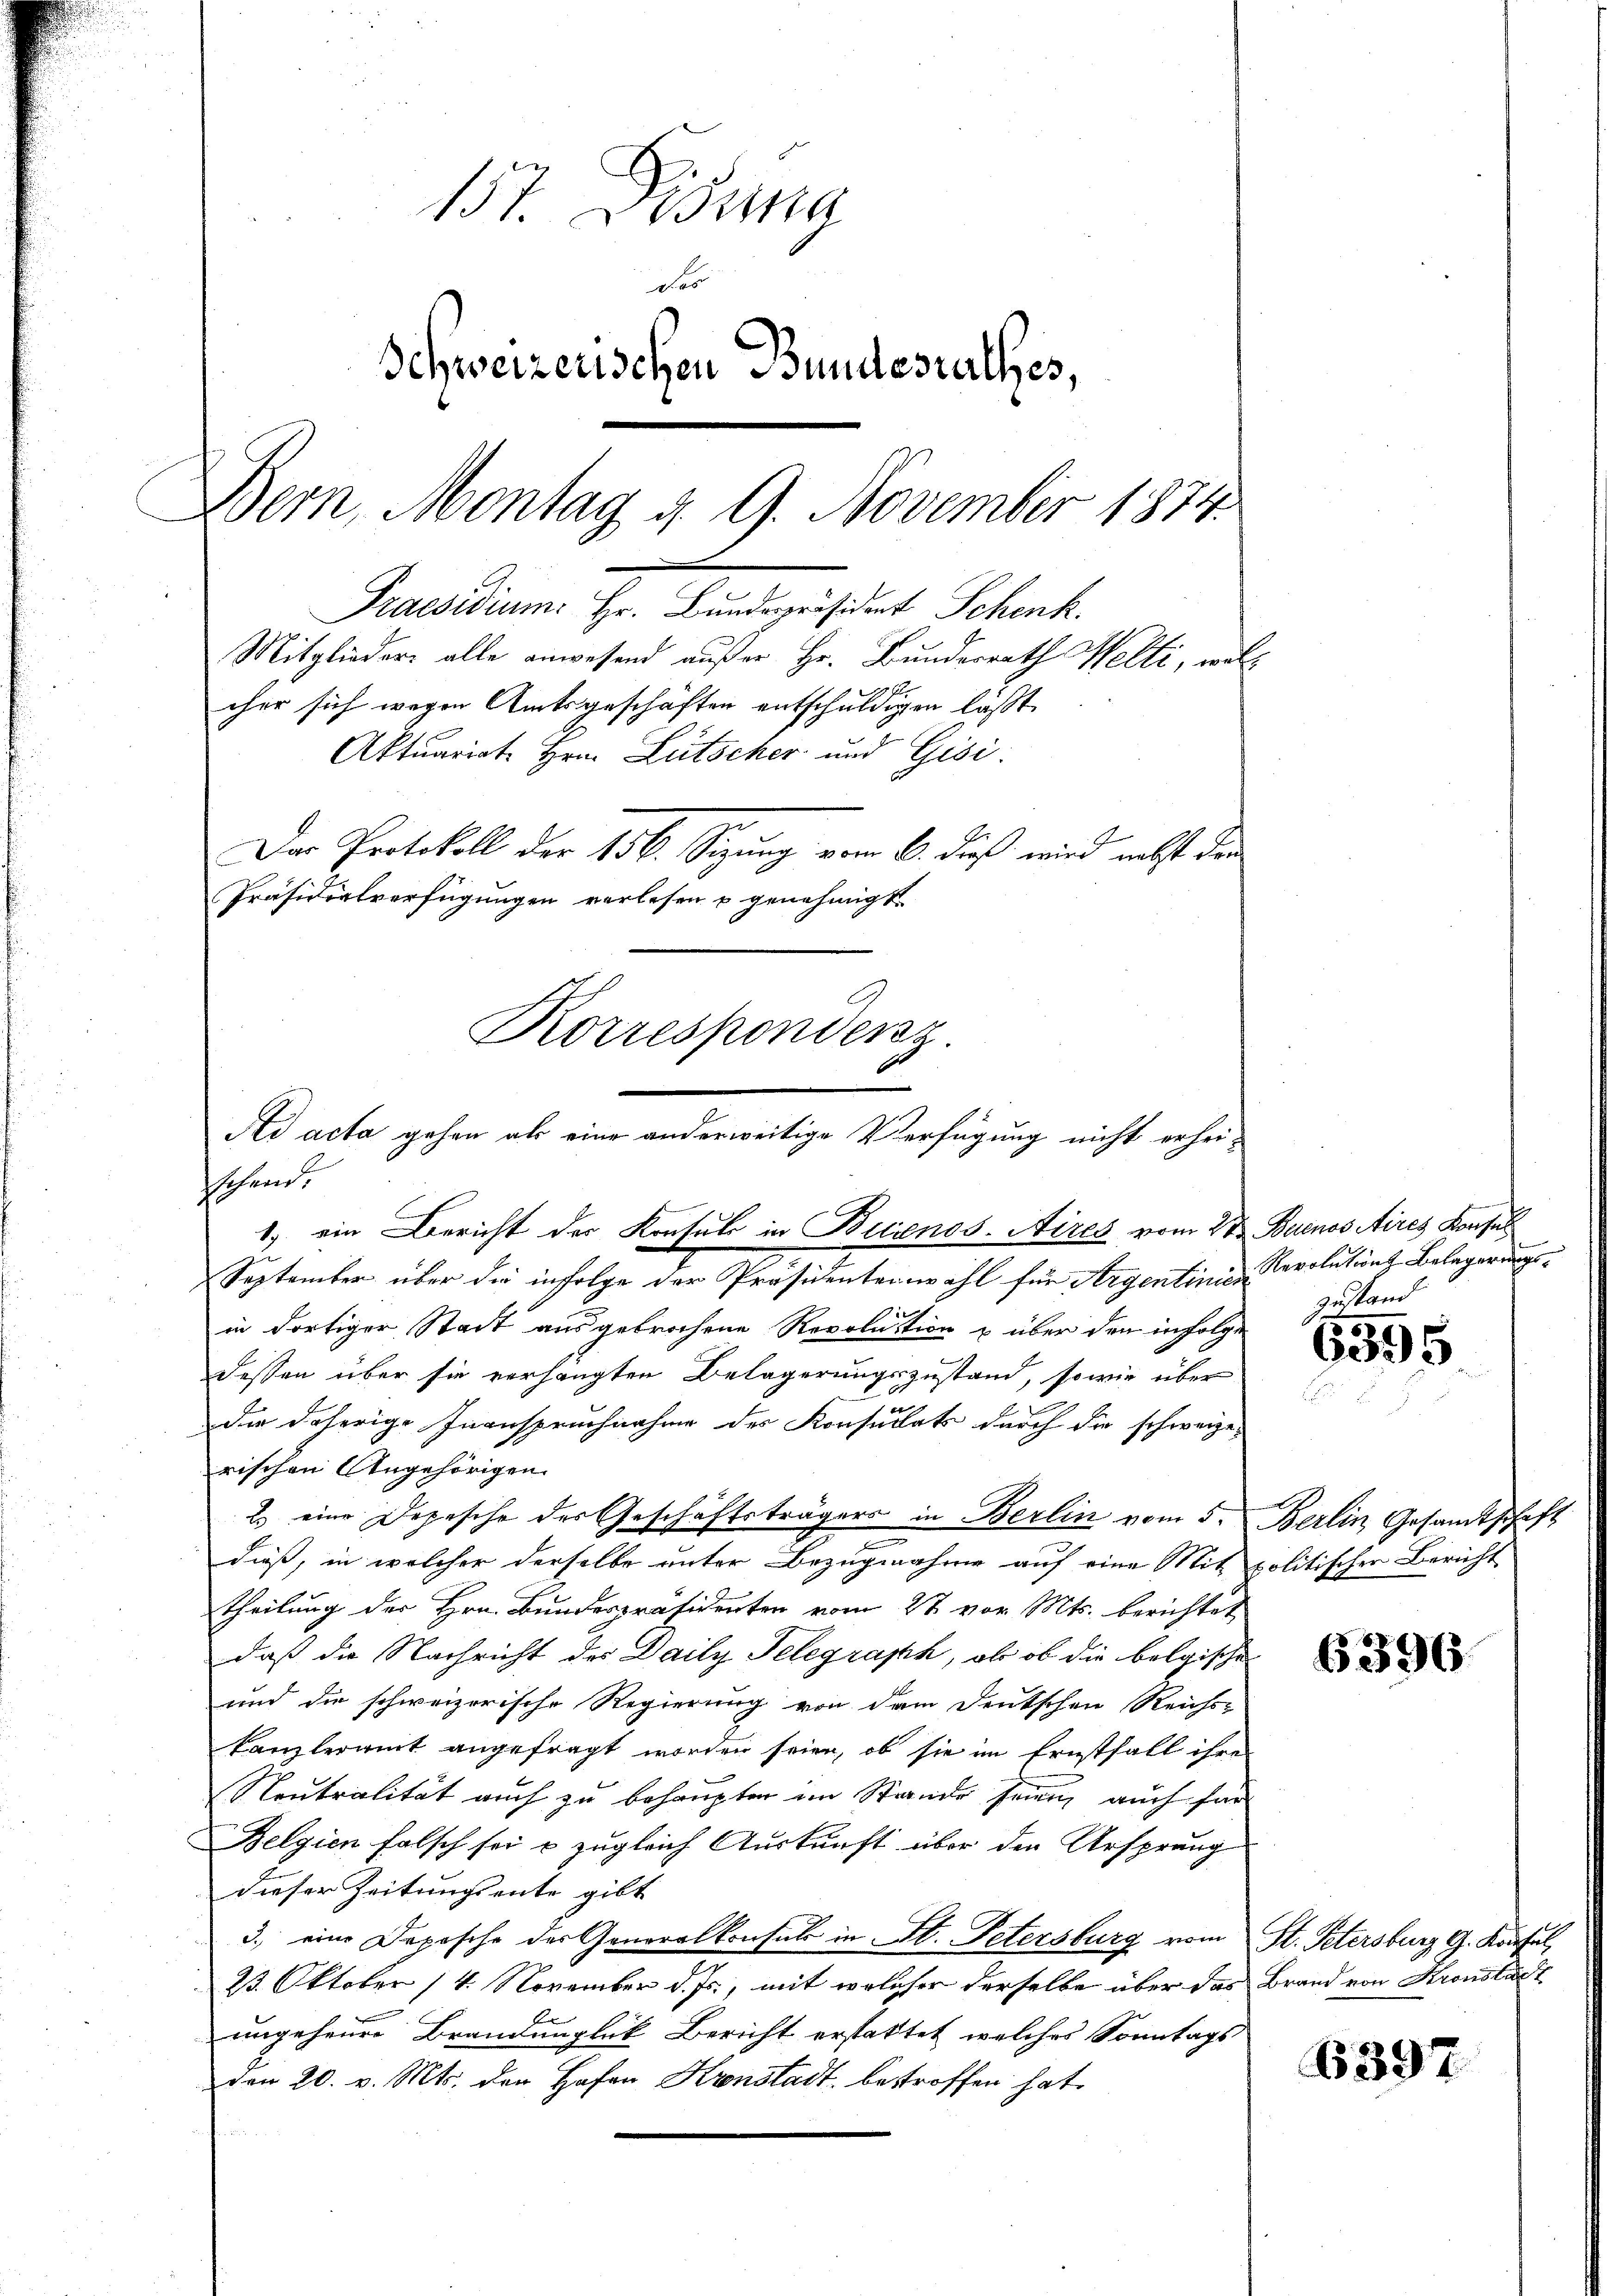
157. Dissna
d.
Schweizerischen Bundestalles,
Bern, Montag d. 9. November 1874.
Praesidium. Hr. Bundespräsident Schenk.
Mitglieder alle anwesend außer Hr. Bundesrath Welti, woll
cher sich wegen Amtsgeschäften entschuldigen läßt,
Aktuariat Hrn. Lütscher und Gesi
Der Protokoll der 156. Sizung vom 2. dieß wird nicht den
Präsidialverfügungen verlesen u genehmigt.
Korrespondenz.
Ad acta gehen als eine anderweitige Verfügung nicht erhei-

schend.

1) ein Bericht der Konsul in Betrenos-Aires vom 2ten Buenos Aires Konfes
September über die infolge der Präsidenten wohl für Argentinien Bevolutung Belegerungsin dortiger Stadt ausgebrochene Revolution u über den infolge
dessen über sie verhängten Belagerungszustand, sowie über
die daherige Inanspruchnahme des Konsulats durch die schweize-
rischen Angehörigen.
2 eine Depesche des Geschäftsträgers in Berlin vom 5. Berlin Gesandtschaft
dieß, in welcher derselbe unter Bezugnahme auf eine Mit politischer Bericht
theilung der Hrn. Bunderpräsidenten vom 27 vor. Mts. berichtet
daß die Nachricht des Daily Telegraph, ob ob die belgische
und die schweizerische Regierung von dem Deutschen Reichs-
kanzleramt angefragt worden seien, ob sie im Ernstfall ihre
Neutralität auch zu behaupten im Stande seinen auch für
Belgien falsch sei u zugleich Auskunft über den Ursprung
dieser Zeitungsente gibt
3.) eine Depesche der Generalkonsul in St. Petersburg vom St. Petersburg G. Konsul
23. Oktober 14. November d. Js., mit welcher derselbe über das Brand von Kronstadt
ungeheure Brandunglück Bericht erstattet, welches Sonntags
Den 20. v. Mts. den Hafen Kronstadt bestroffen hat.

Zustand

6555

6396

6397